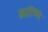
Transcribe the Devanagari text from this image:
आणि